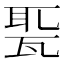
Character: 𤭗